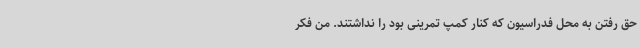
حق رفتن به محل فدراسیون که کنار کمپ تمرینی بود را نداشتند. من فکر